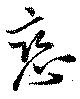
戀